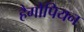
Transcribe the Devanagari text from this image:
हैगोपियन